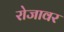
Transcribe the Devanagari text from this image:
रोजावर